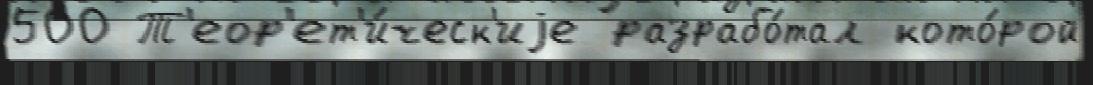
500 Т'еор'ет'и́ческ'иjе разрабо́тал кото́рой